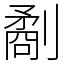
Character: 劀